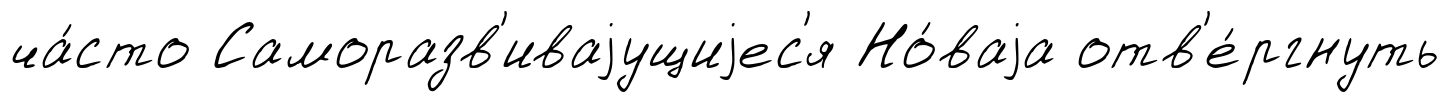
ча́сто Саморазв'иваjущиjес'я Но́ваjа отв'е́ргнуть